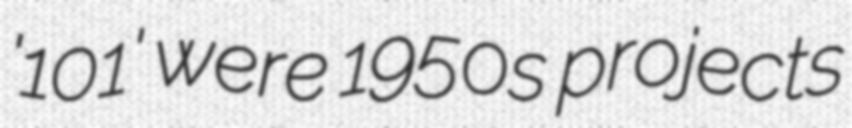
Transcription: '101' were 1950s projects